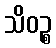
သိဝဉ္စ